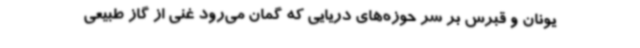
یونان و قبرس بر سر حوزه‌های دریایی که گمان می‌رود غنی از گاز طبیعی